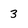
Character: 3